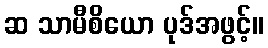
ဆ သာမီစိယော ပုဒ်အဖွင့်။